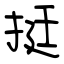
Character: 挺